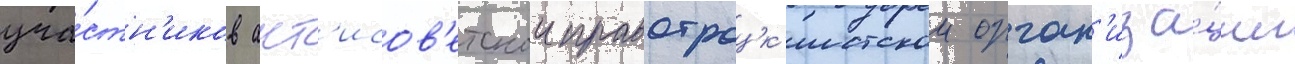
уча́стн'иков ант'исов'етскои правотроцк'истскои орган'иза́ции